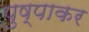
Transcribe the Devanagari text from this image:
पुष्पाकर